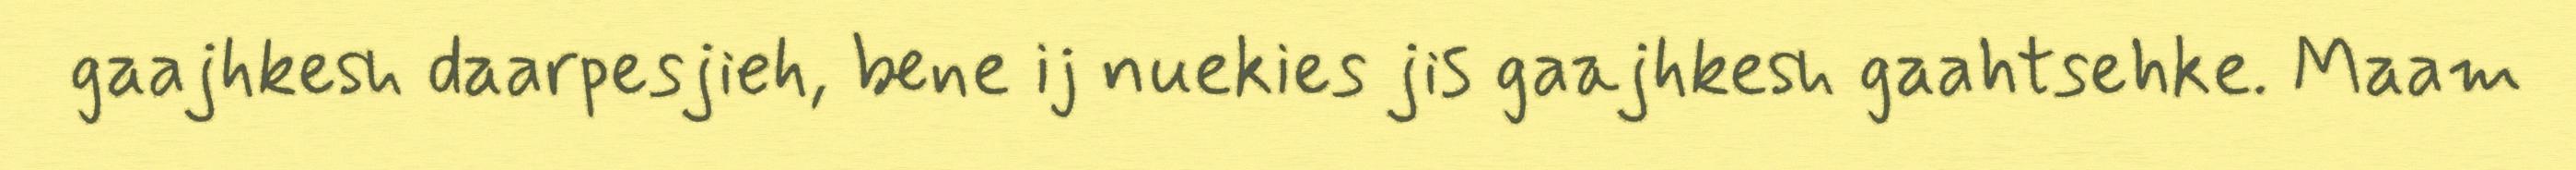
gaajhkesh daarpesjieh, bene ij nuekies jis gaajhkesh gaahtsehke. Maam